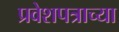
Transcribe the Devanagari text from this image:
प्रवेशपत्राच्या